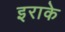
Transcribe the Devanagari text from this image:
इराके